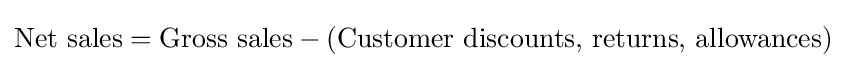
{\text{Net sales}}={\text{Gross sales}}-{\text{(Customer discounts, returns, allowances)}}